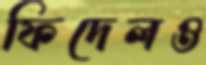
ফিদেলও